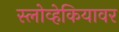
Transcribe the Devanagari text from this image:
स्लोव्हेकियावर